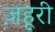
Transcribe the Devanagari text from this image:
ज़हूरी